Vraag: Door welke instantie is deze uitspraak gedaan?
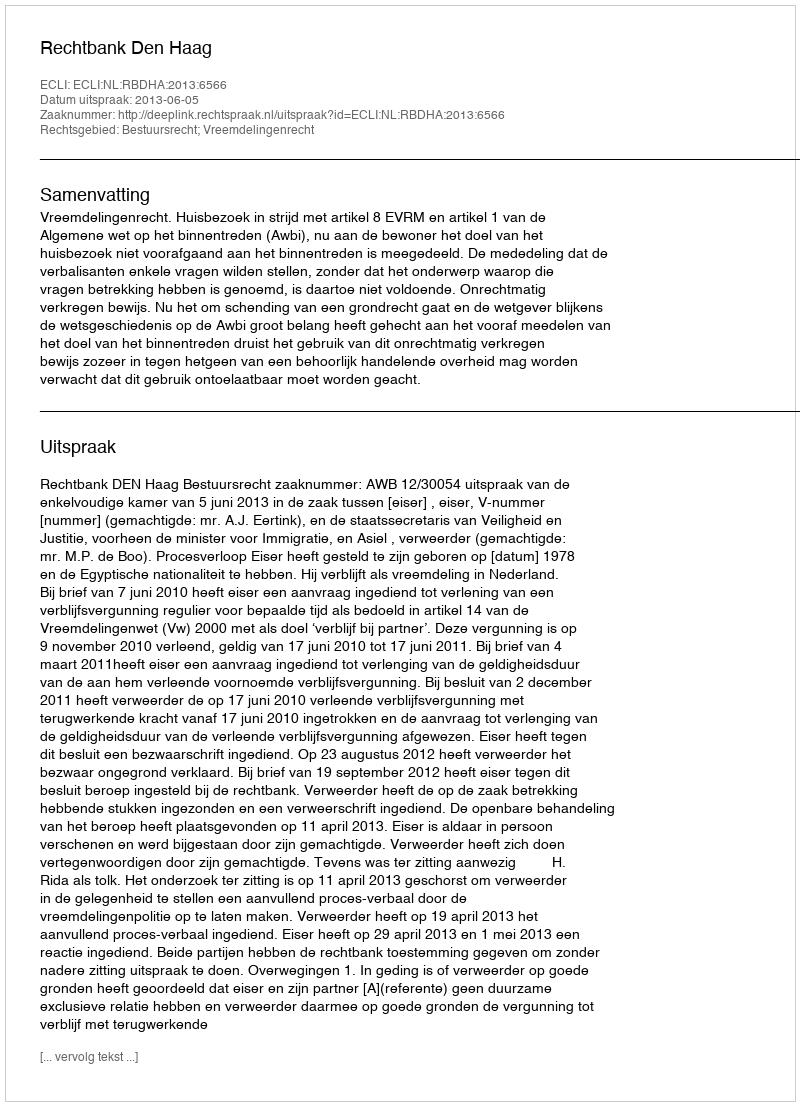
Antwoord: Rechtbank Den Haag